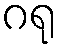
ဂရု